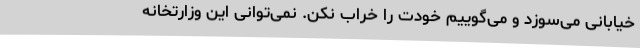
خیابانی می‌سوزد و می‌گوییم خودت را خراب نکن. نمی‌توانی این وزارتخانه